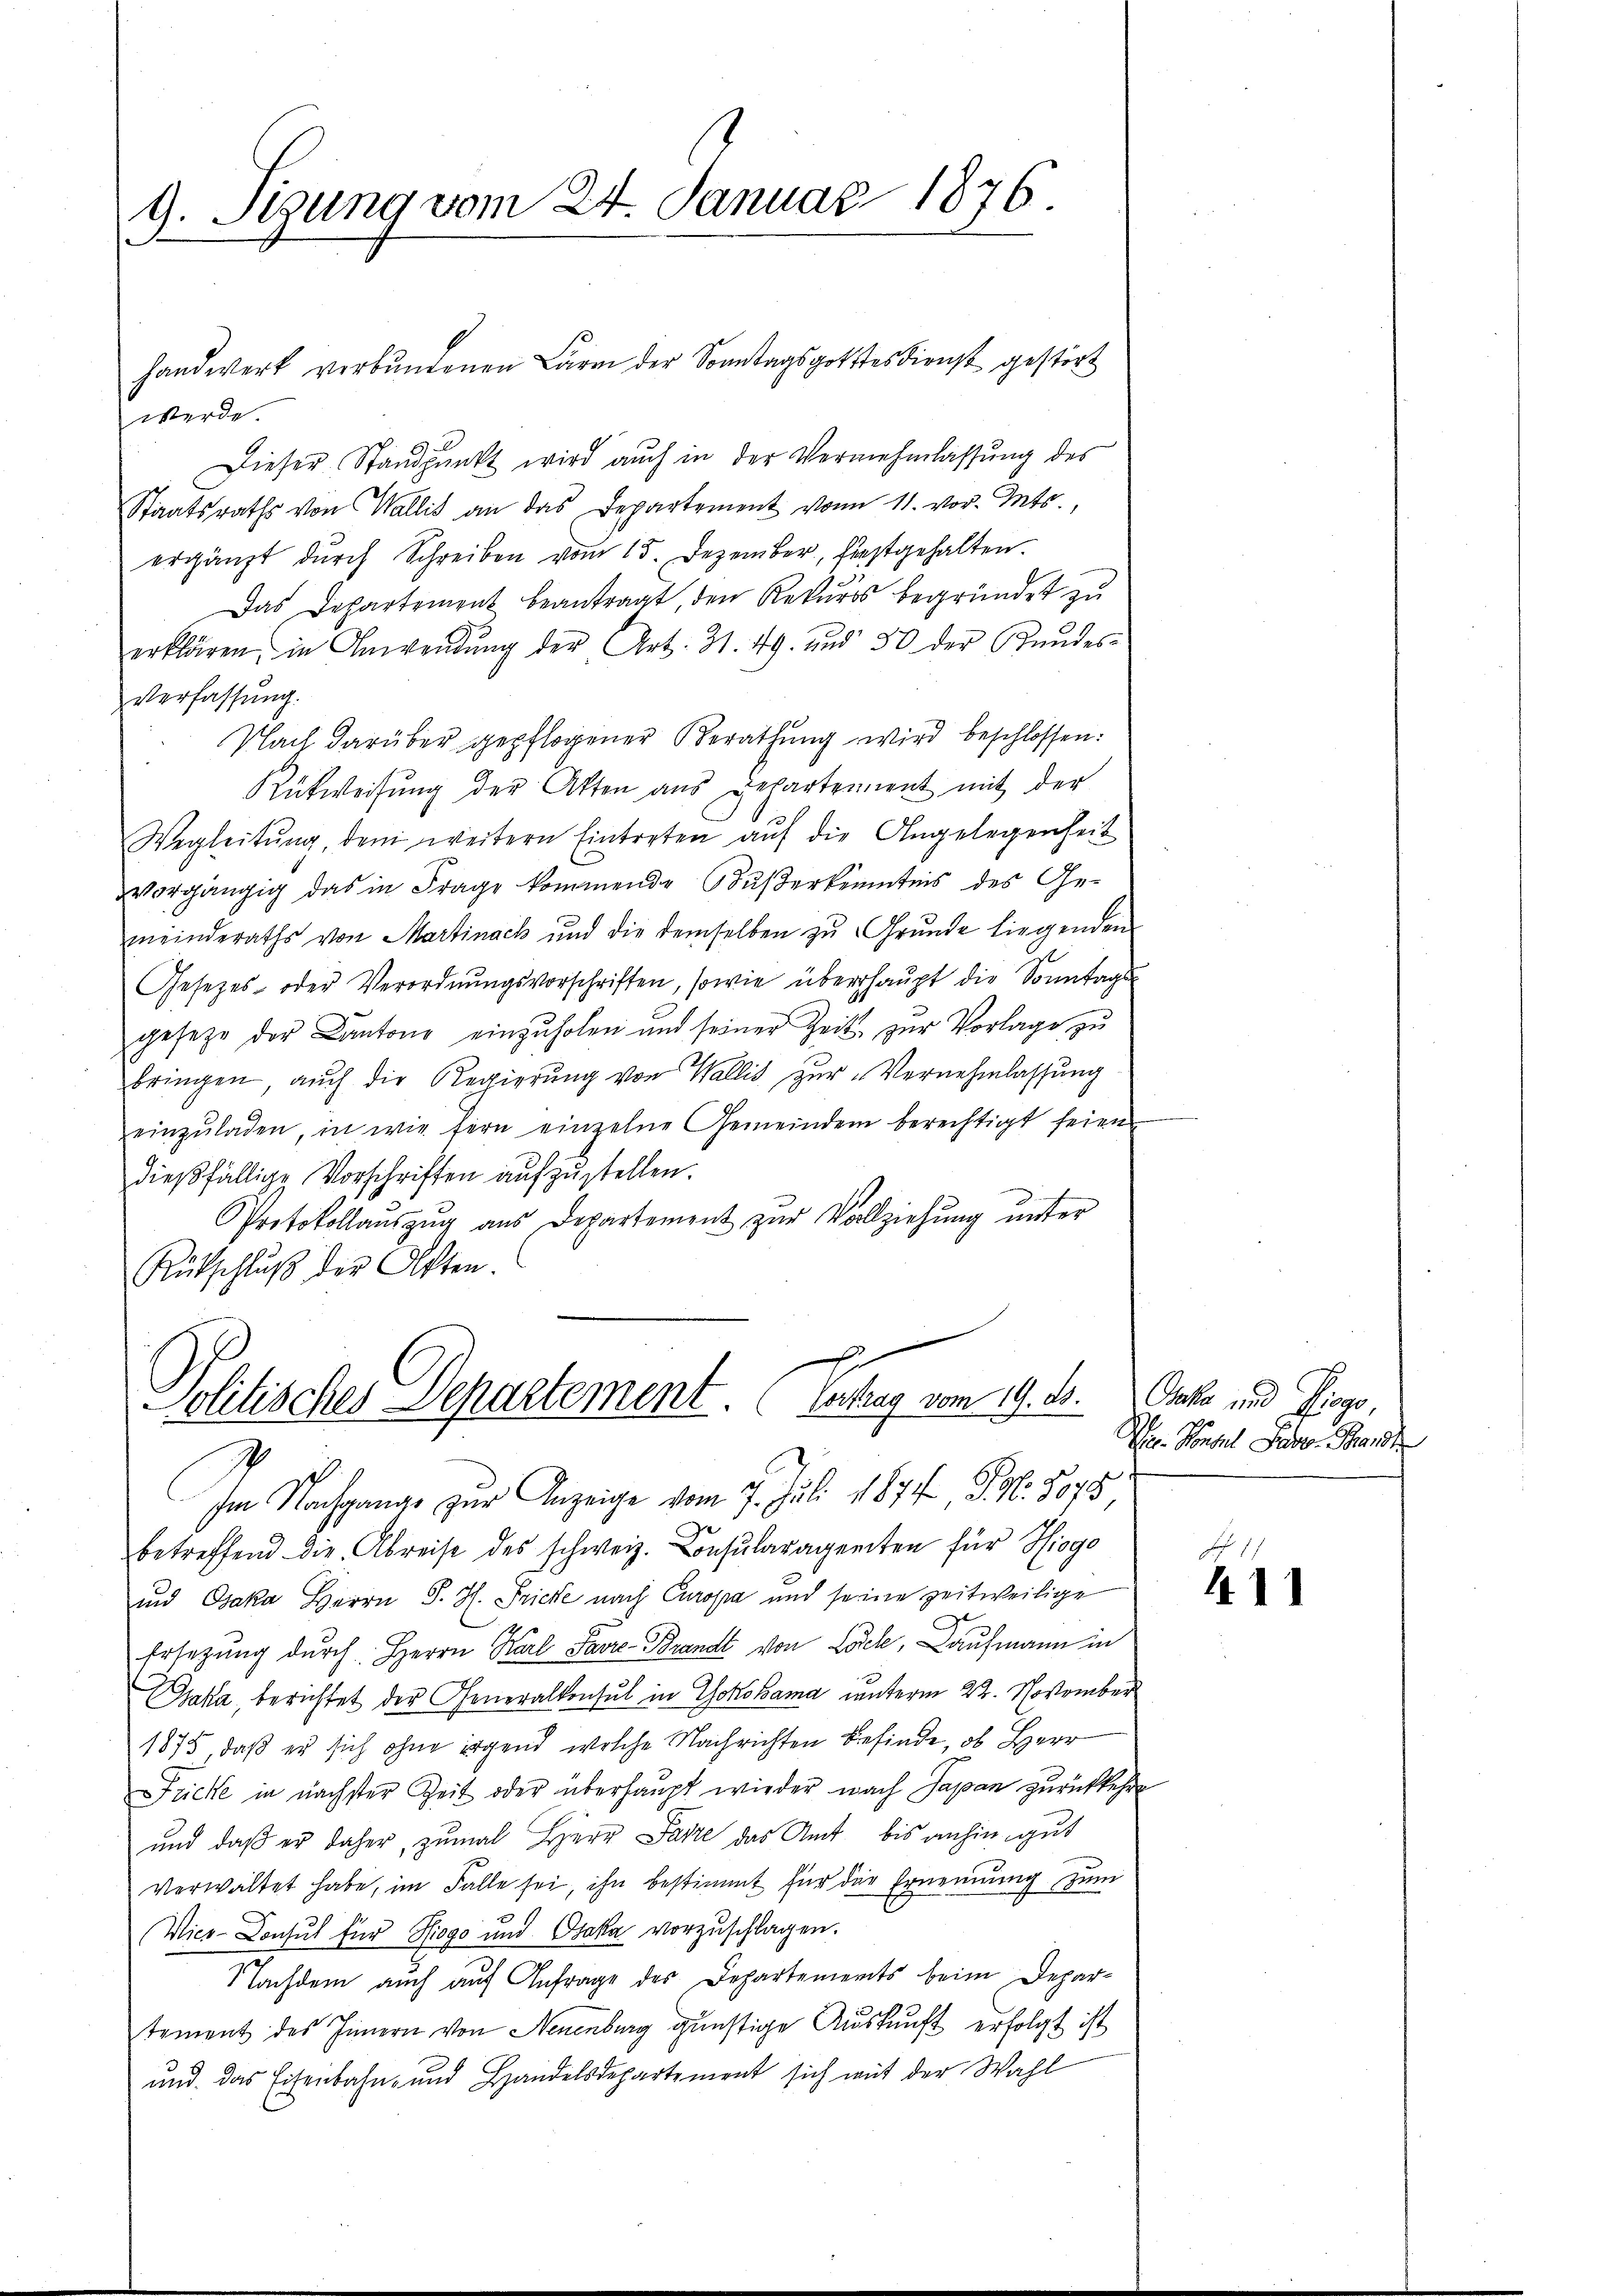
9. Sizung vom 24. Januar 1876.

Politisches Departement. (Vertrag vom 19. d.

Handwerk verbundenen Lärm der Sonntagsgottesdienst gestört
werde.
Dieser Standpunkt wird auch in der Vermehmlassung des
Staatsraths von Wallis an das Departement von 11. vor. Mts.,
ergänzt dŭrch Schreiben vom 15. Dezember, festgehalten.
Das Departement beantragt, den Rekurs begründet zu
erklären, in Anwendŭng der Art. 31. 49. und 30 der Bŭndes-
Verfassung.
Nach darüber gepflogener Berathung wird beschlossen:
Rükweisung der Akten aus Departement mit der
Wegleitŭng, dem weitern Eintreten aŭf die Angelegenheit
vorgängig das in Frage kommende Buserkenntnis des Gemeinderaths von Martinach und die demselben zŭ Grŭnde liegenden
Gesezes- oder Verordnungsvorschriften, sowie überhaupt die Sonntags
gesetze der Cantone einzuholen und seiner Zeits zur Vorlage zu
bringen auch die Regierung von Wallis zur Vernehmlassung
einzŭladen, in wie fern einzelne Gemeindem berechtigt seien
dießfällige Vorschriften aufzustellen.
Protokollaŭszŭg aŭs Departement zŭr Vollziehŭng ŭnter
Rütschlŭβ der Akten.
x

Im Nachgange zur Anzeige vom 7. Juli 1874, S. Nr. 8078
betreffend die Abreise des schweiz. Consularagenten für Hiogo
und Ojaka Herrn J. H. Fricke nach Curopa und seine zeitweilige
Ersetzŭng dŭrch Herrn Karl Favre-Brandt von Loch, Kaufmann in
Gaka, berichtet der Generalkonsul in Yokohama unterm 22. November
1875, daß er sich ohne irgend welche Nachrichten befinde, ob Herr
Fricke in nächster Zeit oder überhaupt wieder nach Papan zurückkehrt
und daß er daher, zumal Herr Parze das Amt bis anhin gut
verwaltet habe, im Falle sei, ihn bestimmt für der Ernennung zum
Vice-Consul für Hiogo und Osaka vorzuschlagen.
Nachdem auch auf Anfrage des Departements beim Departoment des Innern von Neuenburg günstige Auskunft erfolgt ist
und das Eisenbahn- und Handelsdepartement sich mit der Wahl

Oka und Riege
Der Konsul Lader Beant

41